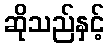
ဆိုသည်နှင့်